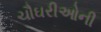
ચૌઘરીઓની